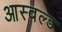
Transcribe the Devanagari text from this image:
आस्वल्ड